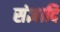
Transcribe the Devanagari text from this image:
संज्ञादि